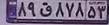
۸۹ق۸۷۸۵۳